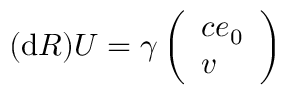
( \mathrm { d } R ) U = \gamma \left( \begin{array} { l } { c e _ { 0 } } \\ { \boldsymbol { v } } \end{array} \right)